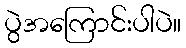
ပွဲအကြောင်းပါပဲ။